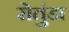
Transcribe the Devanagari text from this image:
रोतुंडा